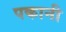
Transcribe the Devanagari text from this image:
पकानी